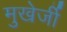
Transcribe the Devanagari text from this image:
मुखेर्जी